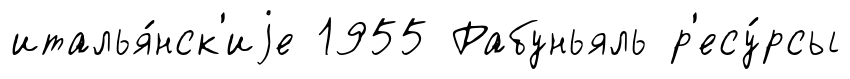
италья́нск'иjе 1955 Рабуньяль р'есу́рсы